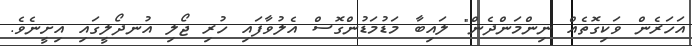
އަހަރެން ވަކިގޮތެއް ނިންމަންދެން" ލައިބާ މަޑުމަޑުންގޮސް އެލުވާފައި ހުރި ޖޯލި އުނދޯލީގައި އިށީނެވެ.